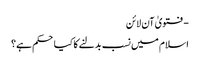
- فتویٰ آن لائن
اسلام میں نسب بدلنے کا کیا حکم ہے؟